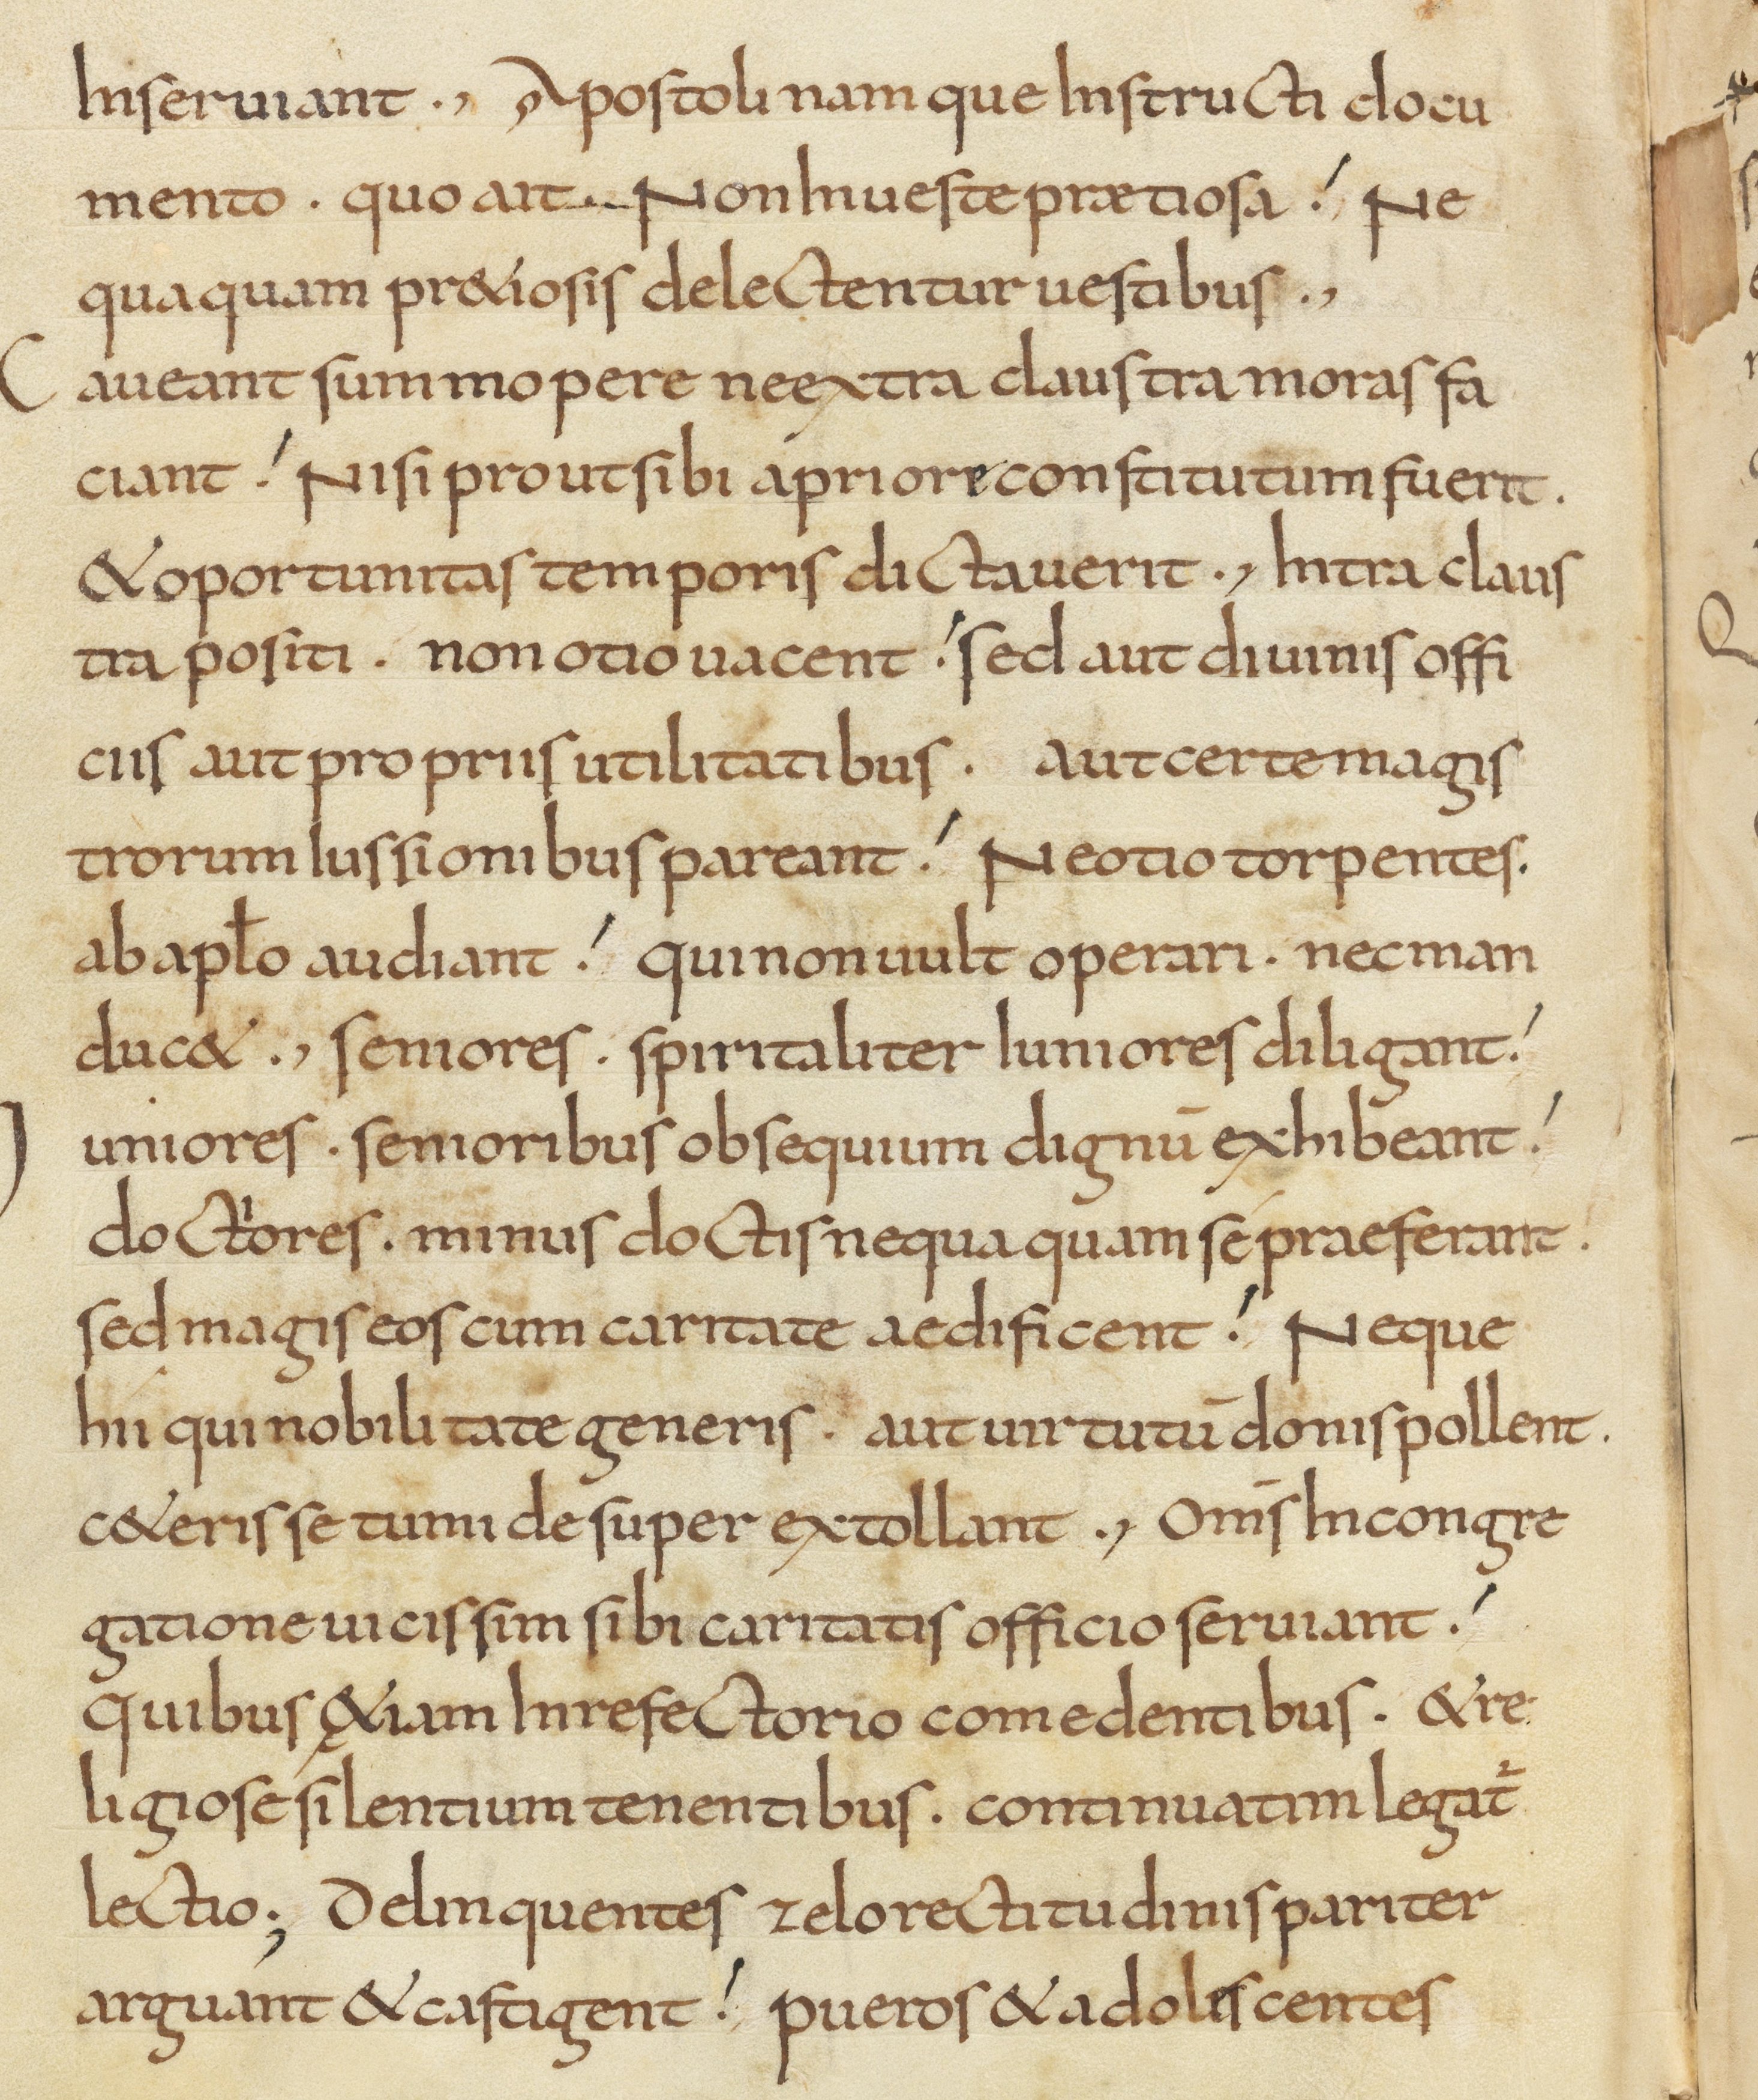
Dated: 800–849